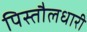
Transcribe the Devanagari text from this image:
पिस्तौलधारी